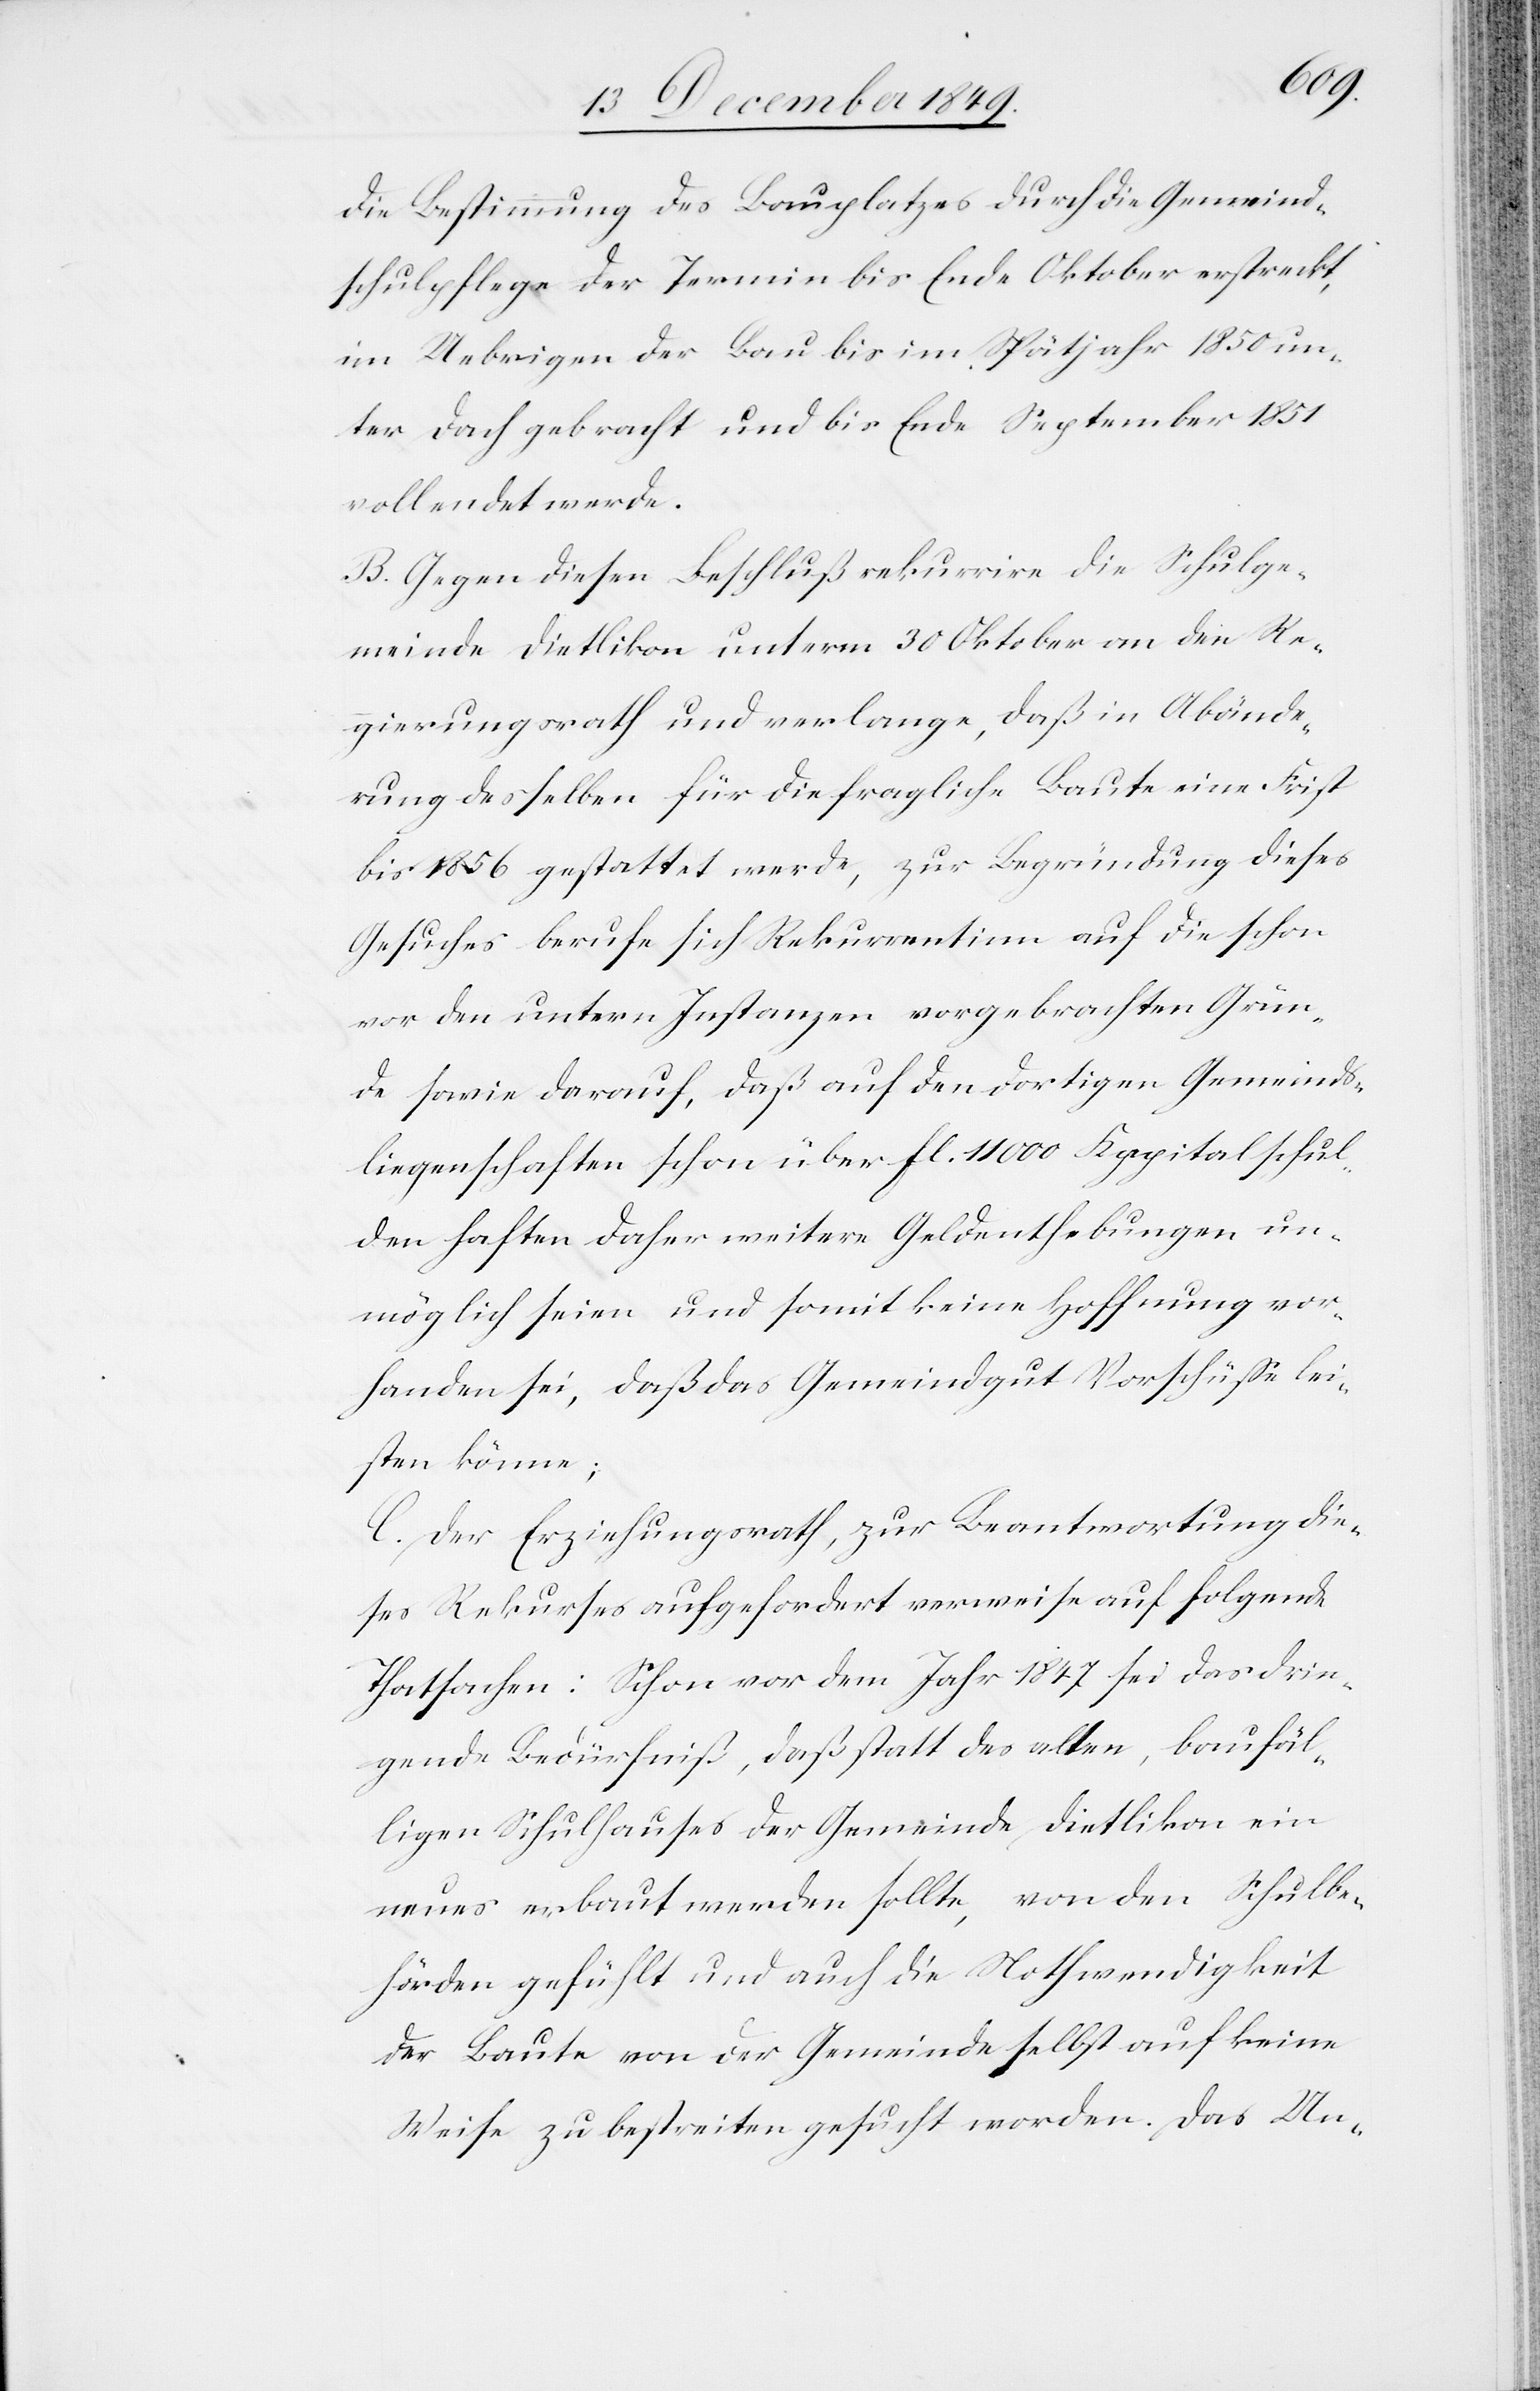
die Bestimmung des Bauplatzes durch die Gemeind¬
schulpflege der Termin bis Ende Oktober erstreckt,
im Uebrigen der Bau bis im Spätjahr 1850 un¬
ter Dach gebracht und bis Ende September 1851
vollendet werde.
B. Gegen diesen Beschluß rekurrire die Schulge¬
meinde Dietlikon unterm 30 Oktober an den Re¬
gierungsrath und verlange, daß in Abände¬
rung desselben für die fragliche Baute eine Frist
bis 1856 gestattet werde, zur Begründung dieses
Gesuches berufe sich Rekurrentinn auf die schon
vor den untern Instanzen vorgebrachten Grün¬
de sowie darauf, daß auf den dortigen Gemeinds¬
liegenschaften schon über fl. 11000 Kapitalschul¬
den haften daher weitere Geldenthebungen un¬
möglich seien und soweit keine Hoffnung vor¬
handen sei, daß das Gemeindgut Vorschüße lei¬
sten könne;
C. Der Erziehungsrath, zur Beantwortung die¬
ses Rekurses aufgefordert verweise auf folgende
Thatsachen: Schon vor dem Jahr 1847 sei das drin¬
gende Bedürfniß, daß statt des alten, baufäl¬
ligen Schulhauses der Gemeinde Dietlikon ein
neues erbaut werden sollte, von den Schulbe¬
hörden gefühlt und auch die Nothwendigkeit
der Baute von der Gemeinde selbst auf keine
Weise zu bestreiten gesucht worden. Das Un-